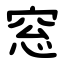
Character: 窓